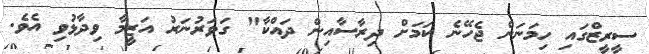
ސީރީޒްގައި ހިމަނަން ޖެހޭނެ ކަމަށް ދިރާސާއިން ދައްކާ" ގަވަރުނަރު އަޒީމާ ވިދާޅުވި އެވެ.